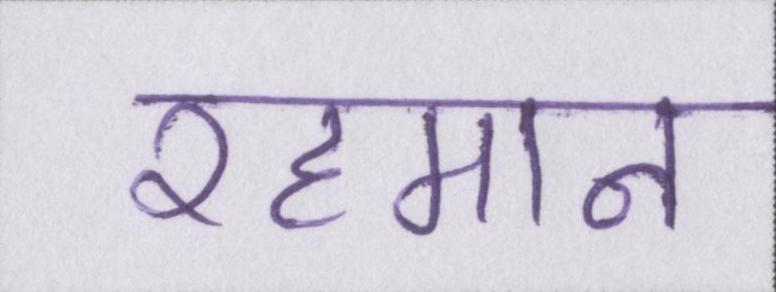
रहमान